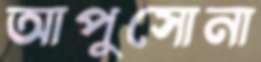
আপুসোনা